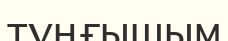
тұңғышым